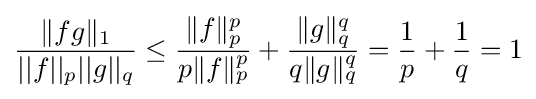
{\frac {\|fg\|_{1}}{||f||_{p}||g||_{q}}}\leq {\frac {\|f\|_{p}^{p}}{p\|f\|_{p}^{p}}}+{\frac {\|g\|_{q}^{q}}{q\|g\|_{q}^{q}}}={\frac {1}{p}}+{\frac {1}{q}}=1